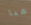
هيا